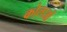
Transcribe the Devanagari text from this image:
कोलाओं